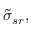
\tilde { \sigma } _ { s r } ,